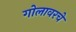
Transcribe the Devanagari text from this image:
गोलावरचे